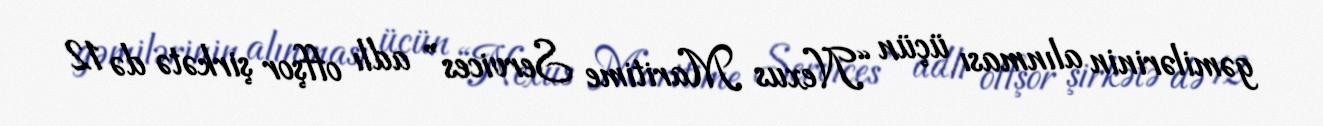
gəmilərinin alınması üçün “Nexus Maritime Services” adlı offşor şirkətə də 12